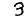
Digit: 3